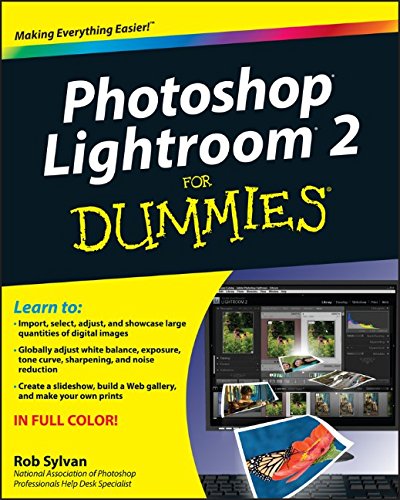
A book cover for Photoshop Lightroom 2 For Dummies; Rob Sylvan; Computers & Technology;